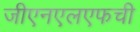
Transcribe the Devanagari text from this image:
जीएनएलएफची